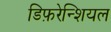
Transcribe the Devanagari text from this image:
डिफ़रेन्शियल